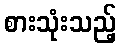
စားသုံးသည့်